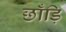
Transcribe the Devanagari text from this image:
छाँड़ि